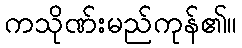
ကသိုဏ်းမည်ကုန်၏။